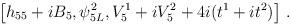
LaTeX: \begin{align*}\left[h_{55}+i B_5, \psi_{5 L}^2,V_5^1+i V_5^2+4i(t^1+i t^2)\right]\, .\end{align*}